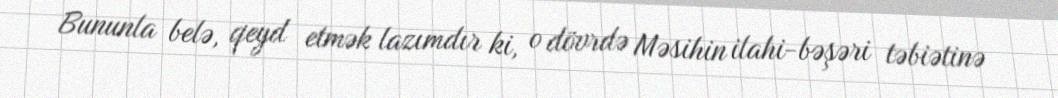
Bununla belə, qeyd etmək lazımdır ki, o dövrdə Məsihin ilahi-bəşəri təbiətinə